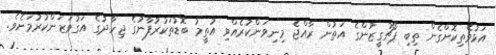
އަޅުވެތިކޮށްގެން ތިބި ޕޯޗުގީޒުންގެ އަތުން ރާއްޖެ މިނިވަންކުރެއްވި އުތީމު ބޮޑުތަކުރުފާނުގެ ޖިހާދުގެ އަގުވަޒަންކުރުމަށެވެ.